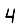
Digit: 4